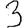
Digit: 3